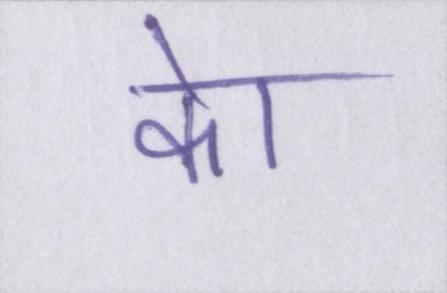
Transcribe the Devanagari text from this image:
केा